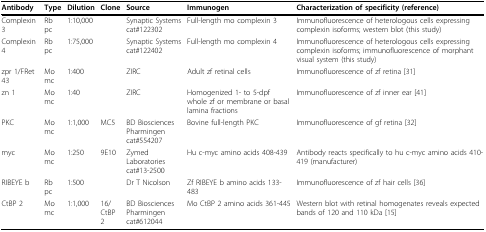
<table><thead><tr><td><b>Antibody</b></td><td><b>Type</b></td><td><b>Dilution</b></td><td><b>Clone</b></td><td><b>Source</b></td><td><b>Immunogen</b></td><td><b>Characterization of specificity (reference)</b></td></tr></thead><tbody><tr><td>Complexin 3</td><td>Rb pc</td><td>1:10,000</td><td>[EMPTY_CELL]</td><td>Synaptic Systems cat#122302</td><td>Full-length mo complexin 3</td><td>Immunofluorescence of heterologous cells expressing complexin isoforms; western blot (this study)</td></tr><tr><td>Complexin 4</td><td>Rb pc</td><td>1:75,000</td><td>[EMPTY_CELL]</td><td>Synaptic Systems cat#122402</td><td>Full-length mo complexin 4</td><td>Immunofluorescence of heterologous cells expressing complexin isoforms; immunofluorescence of morphant visual system (this study)</td></tr><tr><td>zpr 1/FRet 43</td><td>Mo mc</td><td>1:400</td><td>[EMPTY_CELL]</td><td>ZIRC</td><td>Adult zf retinal cells</td><td>Immunofluorescence of zf retina [31]</td></tr><tr><td>zn 1</td><td>Mo mc</td><td>1:40</td><td>[EMPTY_CELL]</td><td>ZIRC</td><td>Homogenized 1- to 5-dpf whole zf or membrane or basal lamina fractions</td><td>Immunofluorescence of zf inner ear [41]</td></tr><tr><td>PKC</td><td>Mo mc</td><td>1:1,000</td><td>MC5</td><td>BD Biosciences Pharmingen cat#554207</td><td>Bovine full-length PKC</td><td>Immunofluorescence of gf retina [32]</td></tr><tr><td>myc</td><td>Mo mc</td><td>1:250</td><td>9E10</td><td>Zymed Laboratories cat#13-2500</td><td>Hu c-myc amino acids 408-439</td><td>Antibody reacts specifically to hu c-myc amino acids 410-419 (manufacturer)</td></tr><tr><td>RIBEYE b</td><td>Rb pc</td><td>1:500</td><td>[EMPTY_CELL]</td><td>Dr T Nicolson</td><td>Zf RIBEYE b amino acids 133-483</td><td>Immunofluorescence of zf hair cells [36]</td></tr><tr><td>CtBP 2</td><td>Mo mc</td><td>1:1,000</td><td>16/CtBP 2</td><td>BD Biosciences Pharmingen cat#612044</td><td>Mo CtBP 2 amino acids 361-445</td><td>Western blot with retinal homogenates reveals expected bands of 120 and 110 kDa [15]</td></tr></tbody></table>